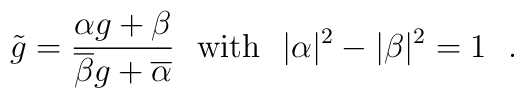
\tilde{g} = \frac{\alpha g+\beta}{\overline{\beta}g+\overline{\alpha}} ~~{\rm with}~~|\alpha|^2 - |\beta|^2 = 1~~.